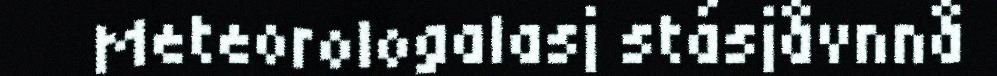
Meteorologalasj stásjåvnnå